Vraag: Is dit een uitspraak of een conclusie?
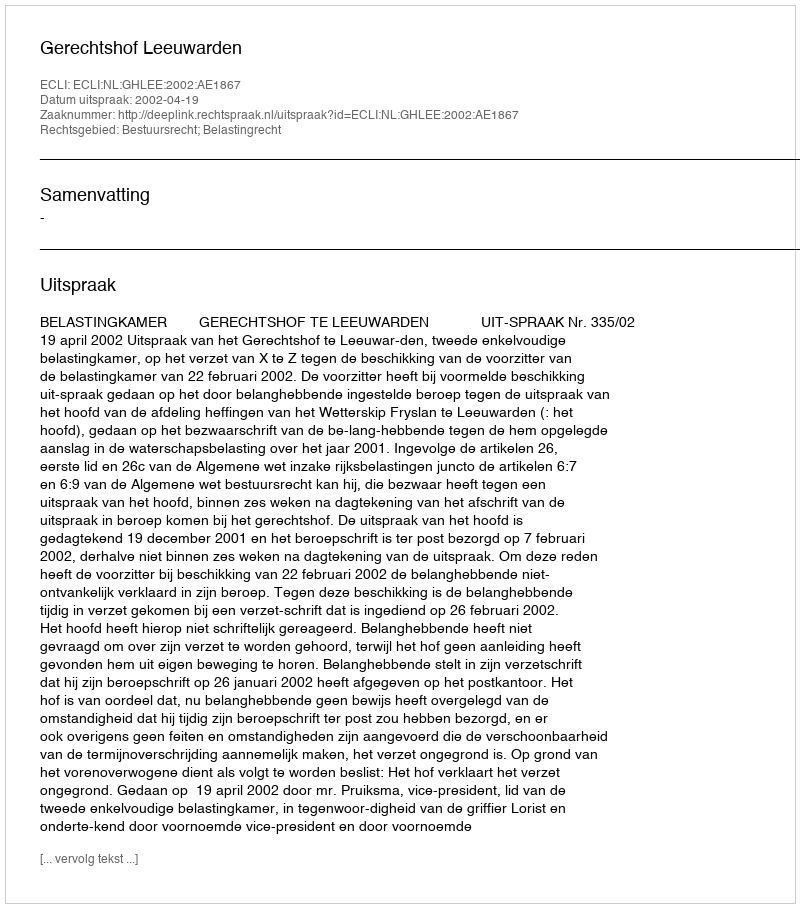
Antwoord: Uitspraak